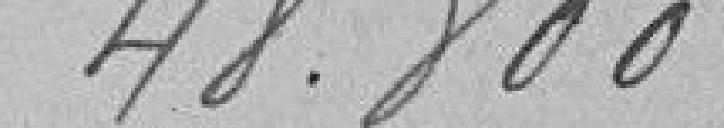
48.800